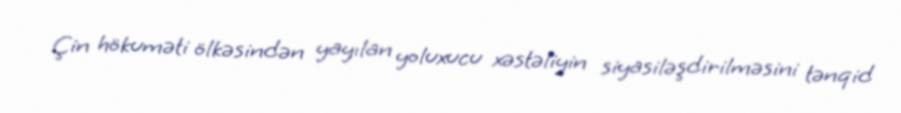
Çin hökuməti ölkəsindən yayılan yoluxucu xəstəliyin siyasiləşdirilməsini tənqid